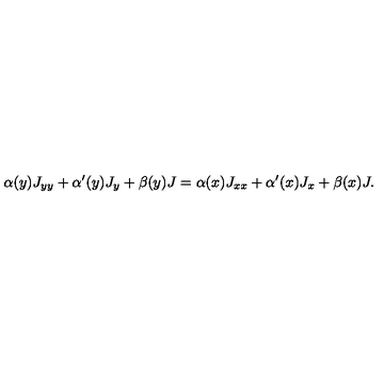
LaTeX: \alpha ( y ) J _ { y y } + \alpha ^ { \prime } ( y ) J _ { y } + \beta ( y ) J = \alpha ( x ) J _ { x x } + \alpha ^ { \prime } ( x ) J _ { x } + \beta ( x ) J .